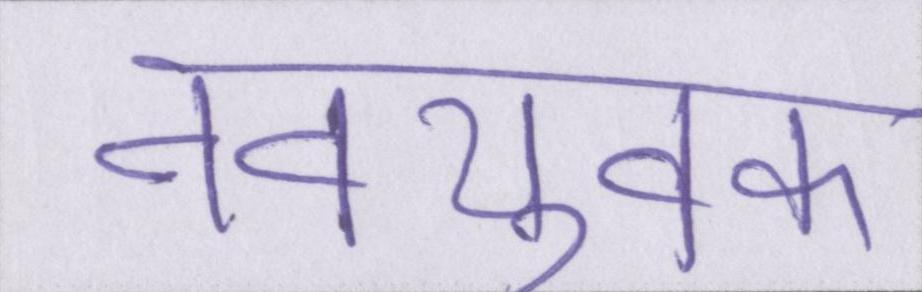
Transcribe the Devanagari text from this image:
नवयुवक